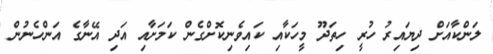
ލަންކާއަށް ދިޔައިރު ހުރީ ހިތަދޫ މީހަކާއި ކައިވެނިކޮށްގެން ކަމަށާއި އަދި އޭނާގެ އަންހެނުން